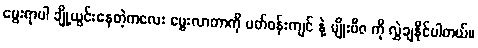
မွေးရာပါ ချို့ယွင်းနေတဲ့ကလေး မွေးလာတာကို ပတ်ဝန်းကျင် နဲ့ မျိုးဗီဇ ကို လွှဲချနိုင်ပါတယ်။